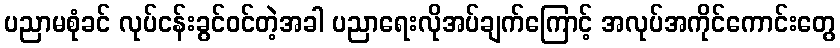
ပညာမစုံခင် လုပ်ငန်းခွင်ဝင်တဲ့အခါ ပညာရေးလိုအပ်ချက်ကြောင့် အလုပ်အကိုင်ကောင်းတွေ